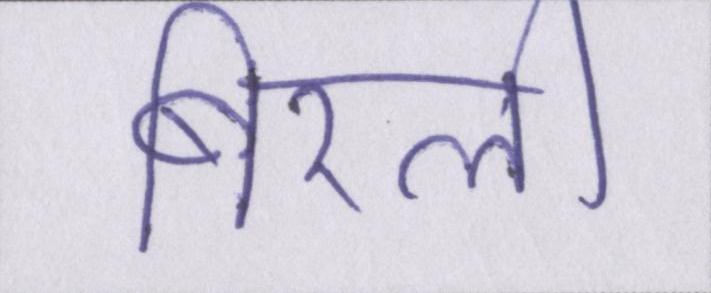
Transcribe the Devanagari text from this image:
बिरली